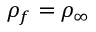
\rho _ { f } = \rho _ { \infty }